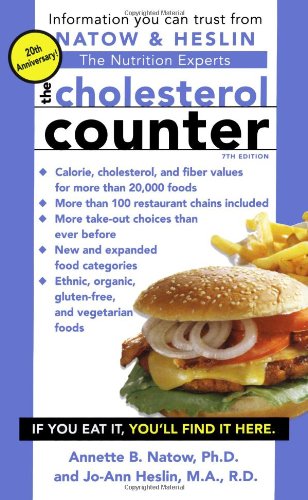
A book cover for The Cholesterol Counter: 7th Edition; Dr. Annette B. Natow Ph.D.  R.D.; Health, Fitness & Dieting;